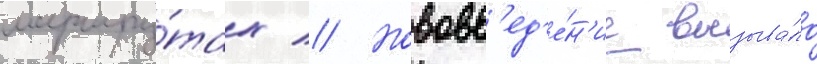
маршру́тах // Нововв'ед'е́н'ие вызыва́ло